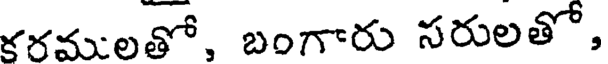
కరములతో, బంగారు సరులతో,